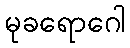
မုခရောဂေါ